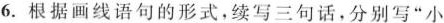
6.根据画线语句的形式，续写三句话，分别写”小